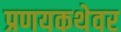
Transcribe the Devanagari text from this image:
प्रणयकथेवर